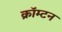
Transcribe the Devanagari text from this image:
क्रॉम्टन